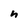
Character: n